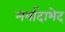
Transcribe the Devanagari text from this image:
मर्यादाभेद